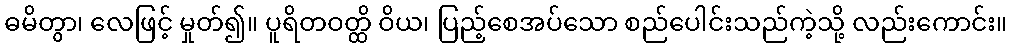
ဓမိတွာ၊ လေဖြင့် မှုတ်၍။ ပူရိတဝတ္ထိ ဝိယ၊ ပြည့်စေအပ်သော စည်ပေါင်းသည်ကဲ့သို့ လည်းကောင်း။